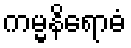
ကမ္မနိရောဓံ